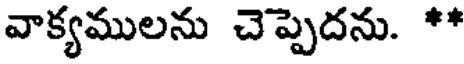
వాక్యములను చెప్పెదను. **